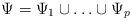
LaTeX: \begin{align*} \Psi = \Psi_1 \cup \ldots \cup \Psi_p\end{align*}